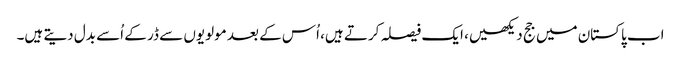
اب پاکستان میں جج دیکھیں، ایک فیصلہ کرتے ہیں، اُس کے بعد مولویوں سے ڈر کے اُسے بدل دیتے ہیں۔